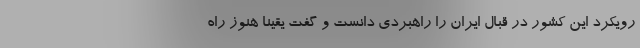
رویکرد این کشور در قبال ایران را راهبردی دانست و گفت یقینا هنوز راه